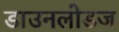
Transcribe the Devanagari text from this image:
डाउनलोडज